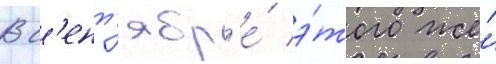
В с'ент'ябр'е́ э́того же́